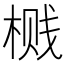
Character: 𮲶